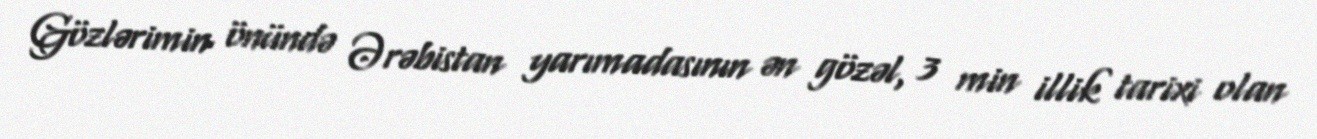
Gözlərimin önündə Ərəbistan yarımadasının ən gözəl, 3 min illik tarixi olan